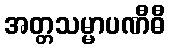
အတ္တသမ္မာပဏီဓီ